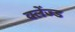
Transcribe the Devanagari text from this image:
क्लेंज्ड